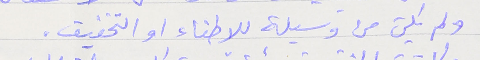
ولم يكن من وسيلة للاطفاء او التخفيف.